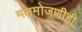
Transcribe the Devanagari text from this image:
मतमोजणीही